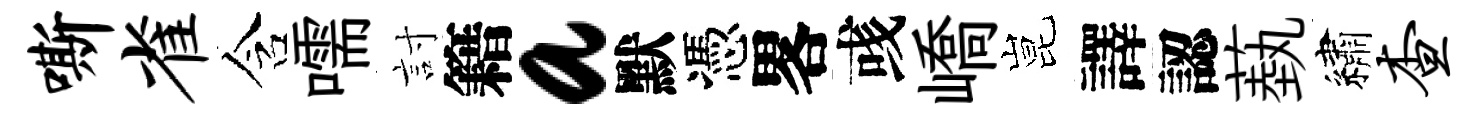
嘶雀含嚅討籍a默憑畧彧嶠昆譯認蓺繡查